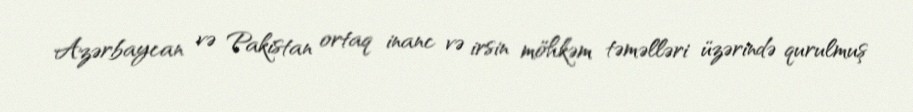
Azərbaycan və Pakistan ortaq inanc və irsin möhkəm təməlləri üzərində qurulmuş